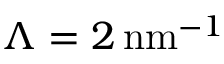
\Lambda = 2 { \, \mathrm { n m } ^ { - 1 } }